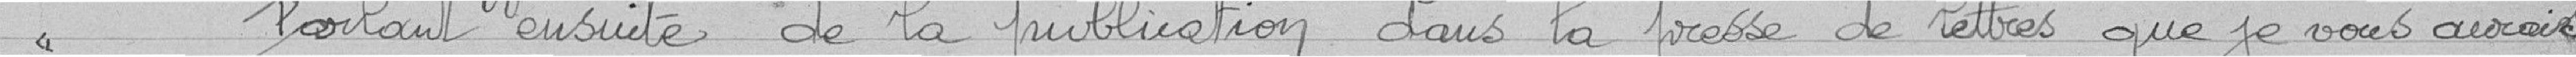
Parlant ensuite de la publication dans la presse de lettres que je vous aurais